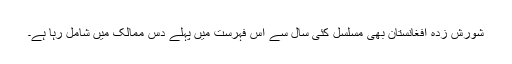
شورش زدہ افغانستان بھی مسلسل کئی سال سے اس فہرست میں پہلے دس ممالک میں شامل رہا ہے۔